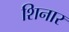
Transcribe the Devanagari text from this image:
शिनार